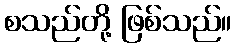
စသည်တို့ ဖြစ်သည်။